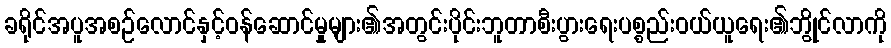
ခရိုင်အပူအစဉ်လောင်နှင့်ဝန်ဆောင်မှုများ၏အတွင်းပိုင်းဘူတာစီးပွားရေးပစ္စည်းဝယ်ယူရေး၏ဘွိုင်လာကို